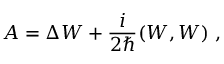
{ \cal A } = \Delta W + \frac { i } { 2 \hbar } ( W , W ) \ ,